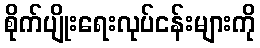
စိုက်ပျိုးရေးလုပ်ငန်းများကို